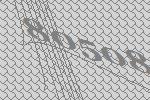
80508